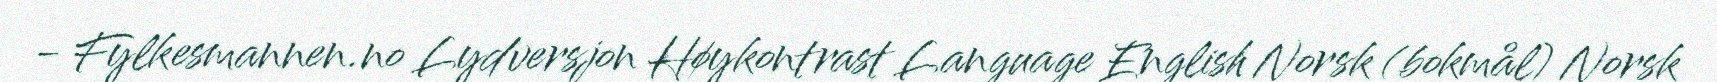
- Fylkesmannen.no Lydversjon Høykontrast Language English Norsk (bokmål) Norsk